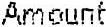
AMOUNT